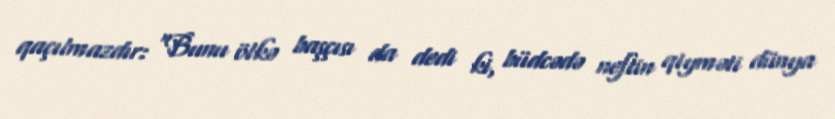
qaçılmazdır: “Bunu ölkə başçısı da dedi ki, büdcədə neftin qiyməti dünya